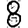
Digit: 8